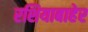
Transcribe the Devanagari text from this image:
रशियाबाहेर